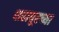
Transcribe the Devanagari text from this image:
शहापूरच्या